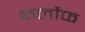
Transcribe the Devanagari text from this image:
कर्लोफ